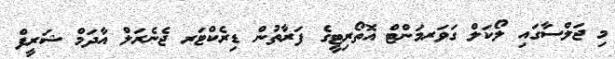
މި ޖަލްސާގައި ލޯކަލް ގަވަރމަންޓް އޮތޯރިޓީގެ ފަރާތުން ޑިރެކްޓަރ ޖެނެރަލް އާދަމް ޝަރީފް